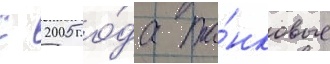
С 2005 го́да та́нковые